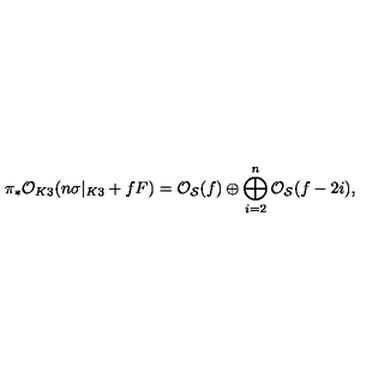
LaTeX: \pi _ { * } { \cal O } _ { K 3 } ( n \sigma | _ { K 3 } + f F ) = { \cal O } _ { { \cal S } } ( f ) \oplus \bigoplus _ { i = 2 } ^ { n } { \cal O } _ { { \cal S } } ( f - 2 i ) ,